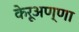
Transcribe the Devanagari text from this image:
केरूअण्णा